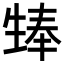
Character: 𪽃